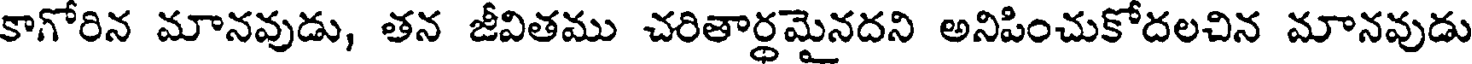
కాగోరిన మానవుడు, తన జీవితము చరితార్థమైనదని అనిపించుకోదలచిన మానవుడు